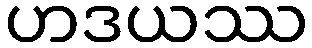
ဟဒယဿ